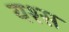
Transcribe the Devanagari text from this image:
यश्स